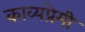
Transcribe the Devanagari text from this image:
काव्यप्रेमी